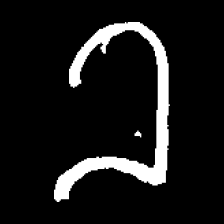
Pyu character \u2014 Myanmar letter: ခ (romanized: kha)